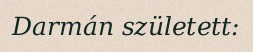
Darmán született: